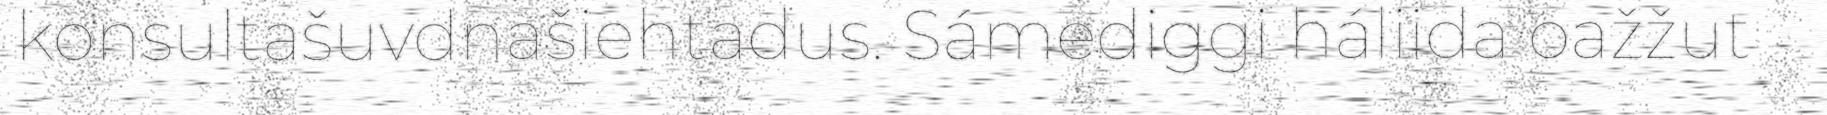
konsultašuvdnašiehtadus. Sámediggi háliida oažžut